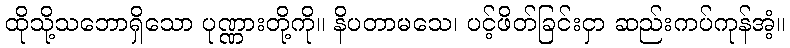
ထိုသို့သဘောရှိသော ပုဏ္ဏားတို့ကို။ နိပတာမသေ၊ ပင့်ဖိတ်ခြင်းငှာ ဆည်းကပ်ကုန်အံ့။